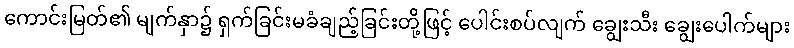
ကောင်းမြတ်၏ မျက်နှာ၌ ရှက်ခြင်းမခံချည့်ခြင်းတို့ဖြင့် ပေါင်းစပ်လျက် ချွေးသီး ချွေးပေါက်များ